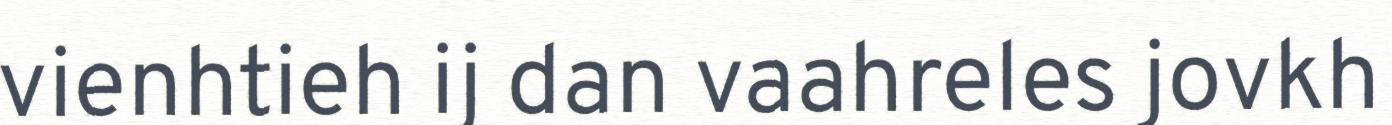
vienhtieh ij dan vaahreles jovkh